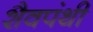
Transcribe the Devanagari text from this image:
शैवपंथी